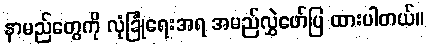
နာမည်တွေကို လုံခြုံရေးအရ အမည်လွှဲဖော်ပြ ထားပါတယ်။